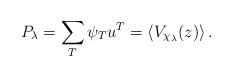
LaTeX: \begin{align*}P_\lambda=\sum_{T}\psi_T u^T=\langle V_{\chi_\lambda}(z) \rangle\,.\end{align*}